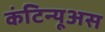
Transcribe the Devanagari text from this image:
कंटिन्यूअस